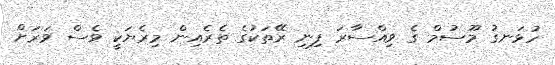
ހުޅަނގު މޫސުމް ގެ ވިއްސާރަ ފިނި ރޭތަކުގެ ތެރެއިން މިރެޔަކީ ވެސް ވަރަށް